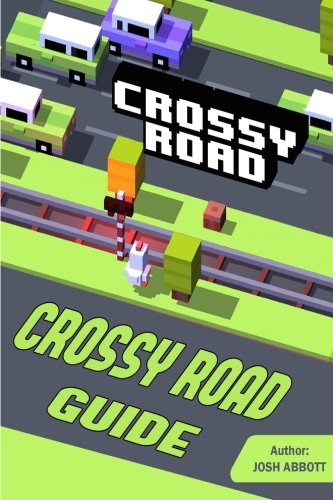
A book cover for Crossy Road Guide: Beat Levels Fast!; Josh Abbott; Humor & Entertainment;